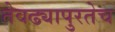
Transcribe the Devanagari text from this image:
तेवढ्यापुरतेच